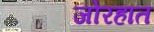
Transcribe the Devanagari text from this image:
जोरहात